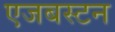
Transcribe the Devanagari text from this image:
एजबस्टन